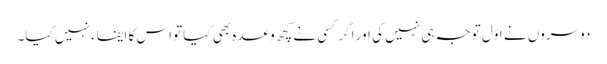
دوسروں نے اوّل توجہ ہی نہیں کی اور اگر کسی نے کچھ وعدہ بھی کیا تواس کا ایفاء نہیں کیا۔